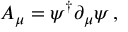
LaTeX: A _ { \mu } = \psi ^ { \dagger } \partial _ { \mu } \psi \, ,